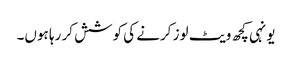
یونہی کچھ ویٹ لوز کرنے کی کوشش کر رہا ہوں۔